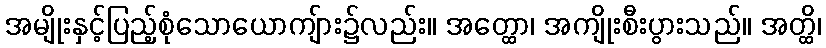
အမျိုးနှင့်ပြည့်စုံသောယောကျ်ား၌လည်း။ အတ္ထော၊ အကျိုးစီးပွားသည်။ အတ္ထိ၊